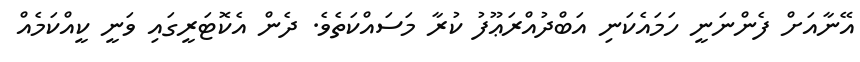
އޭނާއަށް ފެންނަނީ ހަމައެކަނި އަބްދުއްރަޢޫފު ކުރާ މަސައްކަތެވެ. ދެން އެކޮޓަރީގައި ވަނީ ކީއްކަމެއް